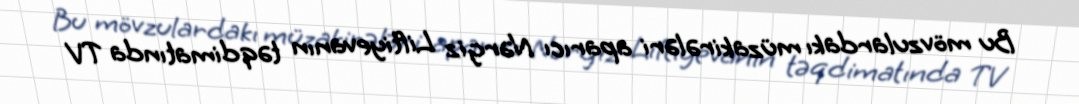
Bu mövzulardakı müzakirələri aparıcı Nərgiz Liftiyevanın təqdimatında TV